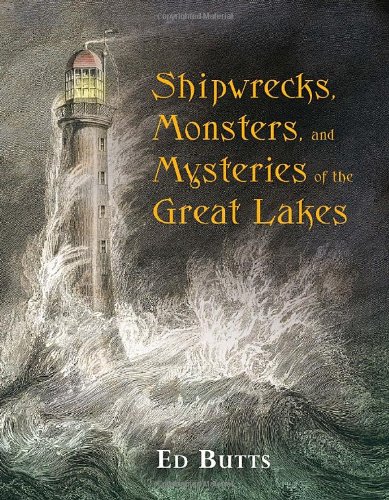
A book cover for Shipwrecks, Monsters, and Mysteries of the Great Lakes; Ed Butts; Children's Books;